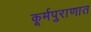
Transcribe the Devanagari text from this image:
कूर्मपुराणात